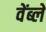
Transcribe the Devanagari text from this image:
वेंब्ले